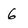
Character: 6